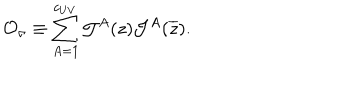
{ \cal O } _ { \sigma } \equiv \sum _ { A = 1 } ^ { c _ { U V } } { \cal J } ^ { A } ( z ) { \cal J } ^ { A } ( \overline { { z } } ) .